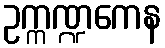
ဥက္ကဏ္ဍကေန